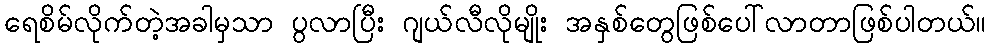
ရေစိမ်လိုက်တဲ့အခါမှသာ ပွလာပြီး ဂျယ်လီလိုမျိုး အနှစ်တွေဖြစ်ပေါ်လာတာဖြစ်ပါတယ်။